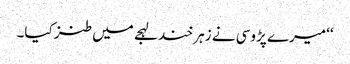
‘‘ میرے پڑوسی نے زہر خند لہجے میں طنز کیا۔